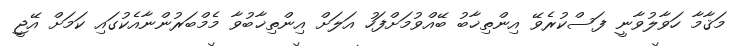
މަޤާމާ ހަވާލުވާނީ ފަސްކުރެވޭ އިންތިޚާބު ބޭއްވުމަށްފަހު އަލަށް އިންތިޚާބުވާ މެމްބަރުންނާއެކުގައި ކަމަށް އޭޖީ